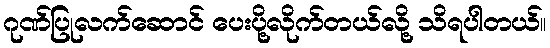
ဂုဏ်ပြုလက်ဆောင် ပေးပို့လိုက်တယ်လို့ သိရပါတယ်။